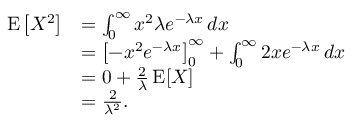
{ \begin{array} { r l } { \operatorname { E } \left[ X ^ { 2 } \right] } & { = \int _ { 0 } ^ { \infty } x ^ { 2 } \lambda e ^ { - \lambda x } \, d x } \\ & { = \left[ - x ^ { 2 } e ^ { - \lambda x } \right] _ { 0 } ^ { \infty } + \int _ { 0 } ^ { \infty } 2 x e ^ { - \lambda x } \, d x } \\ & { = 0 + { \frac { 2 } { \lambda } } \operatorname { E } [ X ] } \\ & { = { \frac { 2 } { \lambda ^ { 2 } } } . } \end{array} }